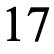
17